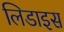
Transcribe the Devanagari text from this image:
लिडाइस